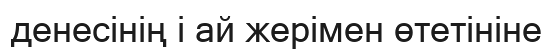
денесінің і ай жерімен өтетініне